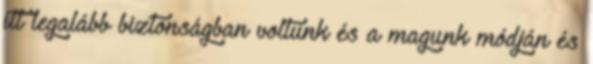
itt legalább biztonságban voltunk és a magunk módján és